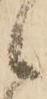
候